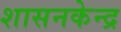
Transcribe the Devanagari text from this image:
शासनकेन्द्र